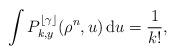
LaTeX: \begin{align*}\int P^{\lfloor \gamma \rfloor}_{k,y} (\rho^n , u)\,\mathrm{d}u = \frac{1}{k!},\end{align*}